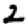
Digit: 2